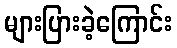
များပြားခဲ့ကြောင်း